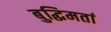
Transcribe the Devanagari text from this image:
बुद्धिमतां